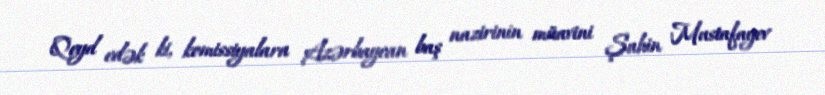
Qeyd edək ki, komissiyalara Azərbaycan baş nazirinin müavini Şahin Mustafayev